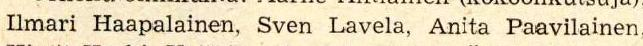
Ilmari Haapalainen, Sven Lavela, Anita Paavilainen,